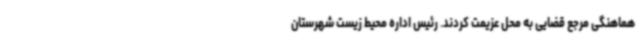
هماهنگی مرجع قضایی به محل عزیمت کردند. رئیس اداره محیط زیست شهرستان